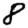
Digit: 8